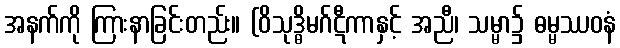
အနက်ကို ကြားနာခြင်းတည်း။ (ဝိသုဒ္ဓိမဂ်ဋီကာနှင့် အညီ၊ သမ္မာ၌ ဓမ္မဿဝနံ